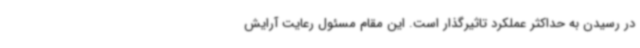
در رسیدن به حداکثر عملکرد تاثیرگذار است. این مقام مسئول رعایت آرایش